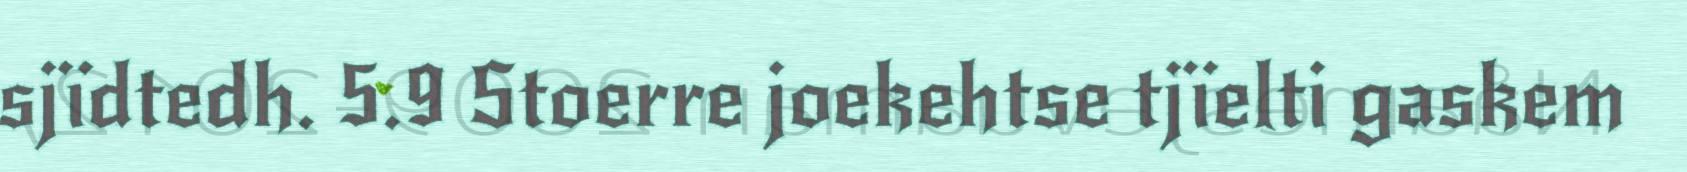
sjïdtedh. 5.9 Stoerre joekehtse tjïelti gaskem